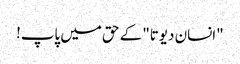
"انسان دیوتا" کے حق میں پاپ!